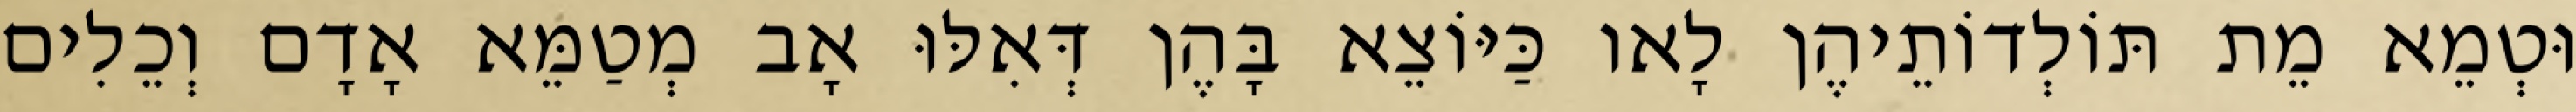
וּטְמֵא מֵת תּוֹלְדוֹתֵיהֶן לָאו כַּיּוֹצֵא בָּהֶן דְּאִלּוּ אָב מְטַמֵּא אָדָם וְכֵלִים